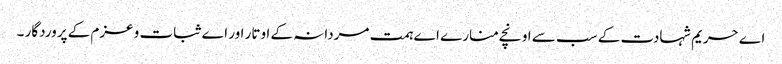
اے حریم شہادت کے سب سے اونچے منارے اے ہمت مردانہ کے اوتار اور اے ثبات و عزم کے پروردگار ۔